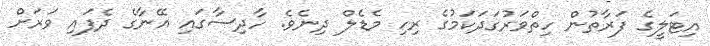
އިޓަލީގެ ފަރާތުން ހިތްވަރުގަދަކަމުގެ ރިހި މެޑެލް ދިނެވެ. ހާދިސާގައި އޭނާގެ ދެފައި ވަރަށް